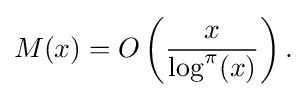
{\begin{aligned}M(x)=O\left({\frac {x}{\log ^{\pi }(x)}}\right).\end{aligned}}